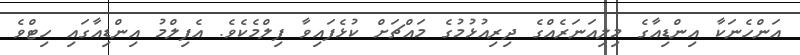
އަންހެނަކާ އިންޑިއާގެ މިލިއަނަރެއްގެ ދިރިއުޅުމުގެ މައްޗަށް ކުޅެފައިވާ ފިލްމެކެވެ. އެފިލްމު އިންޑިއާގައި ހިޓްވެ